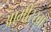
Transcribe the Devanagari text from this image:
आमीरखाँ